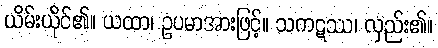
ယိမ်းယိုင်၏။ ယထာ၊ ဥပမာအားဖြင့်။ သကဋဿ၊ လှည်း၏။